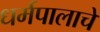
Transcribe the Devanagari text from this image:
धर्मपालाचे